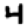
Digit: 4